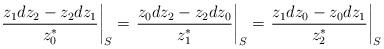
LaTeX: \begin{align*} \left.{z_1 dz_2- z_2 dz_1\over z_0^*}\right|_{S}=\left.{z_0 dz_2- z_2 dz_0\over z_1^*}\right|_{S}=\left.{z_1 dz_0- z_0 dz_1\over z_2^*}\right|_{S}\end{align*}